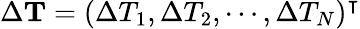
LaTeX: \Delta{\mathbf{T}}=(\Delta T_{1},\Delta T_{2},\cdots,\Delta T_{N})^{\intercal}